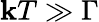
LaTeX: \mathbf{k}T\gg\Gamma